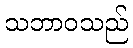
သဘာဝသည်